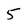
Character: 5